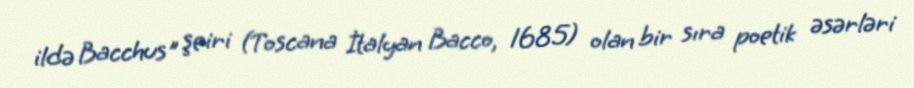
ildə Bacchus" şeiri (Toscana İtalyan Bacco, 1685) olan bir sıra poetik əsərləri